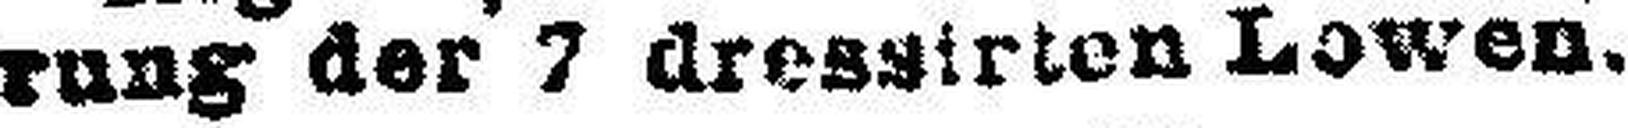
rung der 7 dressirten Lowen.